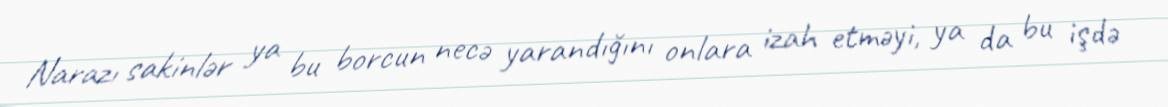
Narazı sakinlər ya bu borcun necə yarandığını onlara izah etməyi, ya da bu işdə